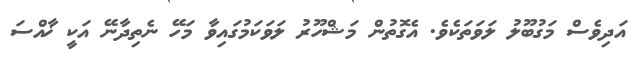
އަދިވެސް މަގުބޫލު ލަވަތަކެވެ. އެގޮތުން މަޝްހޫރު ލަވަަކަމުގައިވާ މަހޭ ނެތިދާނޭ އަކީ ޚާއްސަ